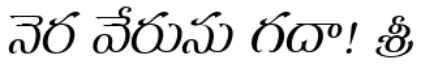
నెర వేరును గదా! శ్రీ